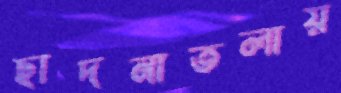
ছাদনাতলায়